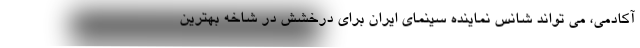
آکادمی، می تواند شانس نماینده سینمای ایران برای درخشش در شاخه بهترین